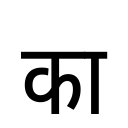
OCR:
का